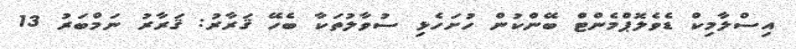
އިސްލާމިކް ޑެވެލޮޕްމެންޓް ބޭންކުން ހުށަހެޅި ސުވާލުތަކާ ބެހޭ ޤަރާރު: ޤަރާރު ނަމްބަރު 13